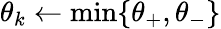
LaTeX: \theta_{k}\gets\operatorname*{min}\{ \theta_{+},\theta_{-}\}